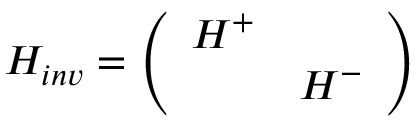
H _ { i n v } = \left( \begin{array} { c c } { { H ^ { + } } } & { { \mathrm { } } } \\ { { \mathrm { } } } & { { H ^ { - } } } \end{array} \right)